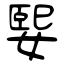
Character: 媐